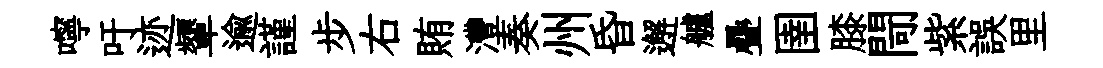
嚀吁迹顰逾謹步右賄灃奏州昏邂艫疊圉膝閜紫誤里